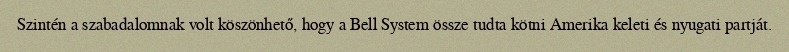
Szintén a szabadalomnak volt köszönhető, hogy a Bell System össze tudta kötni Amerika keleti és nyugati partját.